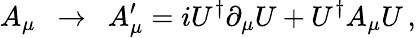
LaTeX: A_{\mu}\ \ \rightarrow\ \ A_{\mu}^{\prime}=iU^{\dagger}\partial_{\mu}U+U^{\dagger}A_{\mu}U\, ,